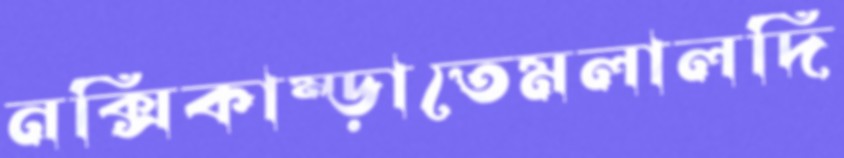
নক্সিকাম্‌ড়াতেমলালদি